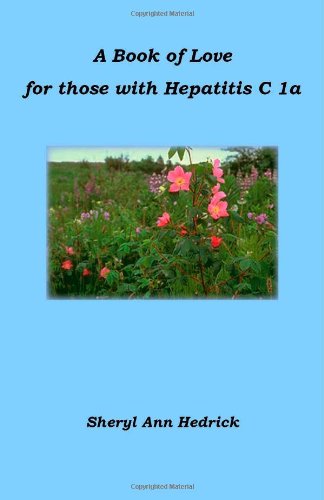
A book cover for A Book of Love for those with Hepatitis C 1a; Sheryl Ann Hedrick; Health, Fitness & Dieting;